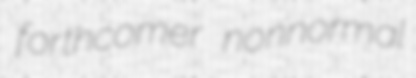
forthcomer nonnormal